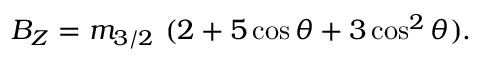
B _ { Z } = m _ { 3 / 2 } \ ( 2 + 5 \cos \theta + 3 \cos ^ { 2 } \theta ) .